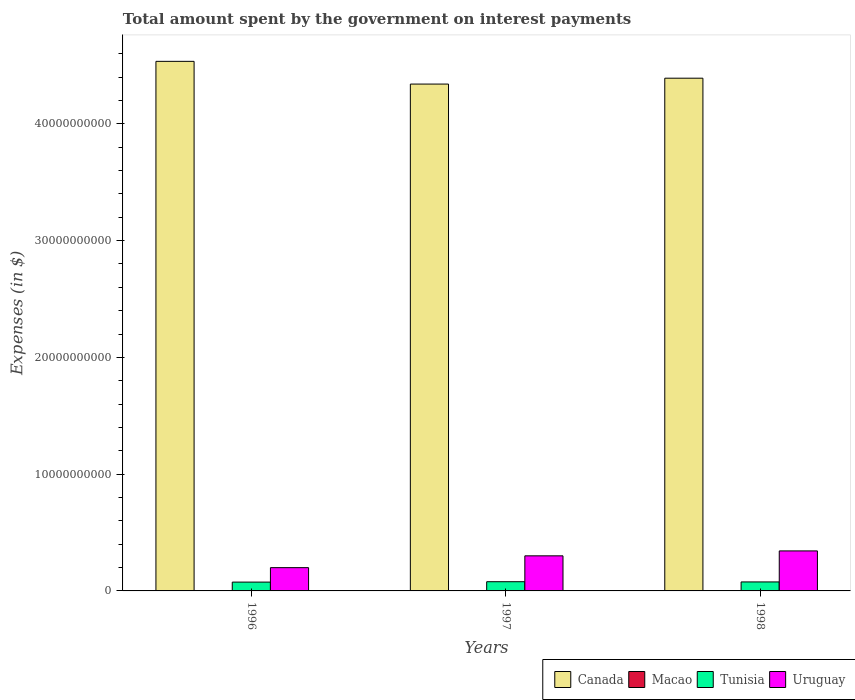
| Years | Canada | Macao | Tunisia | Uruguay |
 | --- | --- | --- | --- | --- |
 | 1996 | 4.54e+10 | 3.96e+06 | 7.55e+08 | 1.99e+09 |
 | 1997 | 4.34e+10 | 1.9e+05 | 7.89e+08 | 3.00e+09 |
 | 1998 | 4.39e+10 | 1.13e+06 | 7.7e+08 | 3.43e+09 |